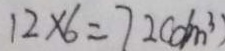
1 2 \times 6 = 7 2 ( d m ^ { 3 } )